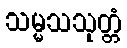
သမ္မသသုတ္တံ